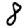
Digit: 8